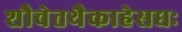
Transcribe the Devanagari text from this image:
शौचेतथैकाहेसद्यः